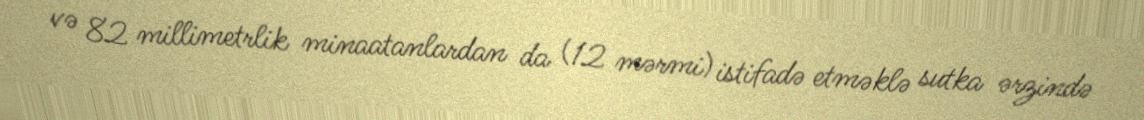
və 82 millimetrlik minaatanlardan da (12 mərmi) istifadə etməklə sutka ərzində